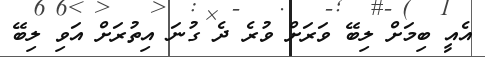
އެއީ ބިމަށް ލިބޭ ވަރަށް ވުރެ ދެ ގުނަ އިތުރަށް އަވި ލިބޭ